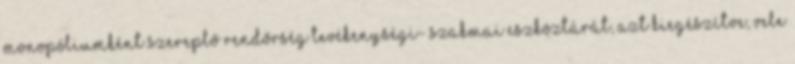
monopóliumként szereplő rendőrség tevékenységi- szakmai eszköztárát, azt kiegészítve, vele